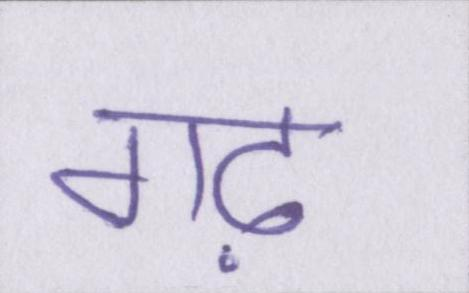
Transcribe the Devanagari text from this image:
गढ़